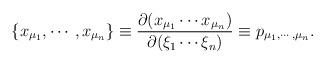
LaTeX: \begin{align*}\{ x_{\mu_{1}}, \cdots, x_{\mu_{n}} \} \equiv \frac{\partial (x_{\mu_{1}} \cdots x_{\mu_{n}}) }{\partial (\xi_{1} \cdots \xi_{n})} \equiv p_{\mu_{1}, \cdots, \mu_{n}}.\end{align*}